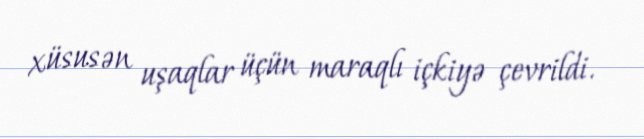
xüsusən uşaqlar üçün maraqlı içkiyə çevrildi.